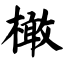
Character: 橄